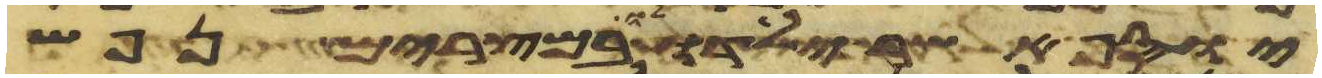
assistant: יוסף אשר ילדו לו במצרים נפש